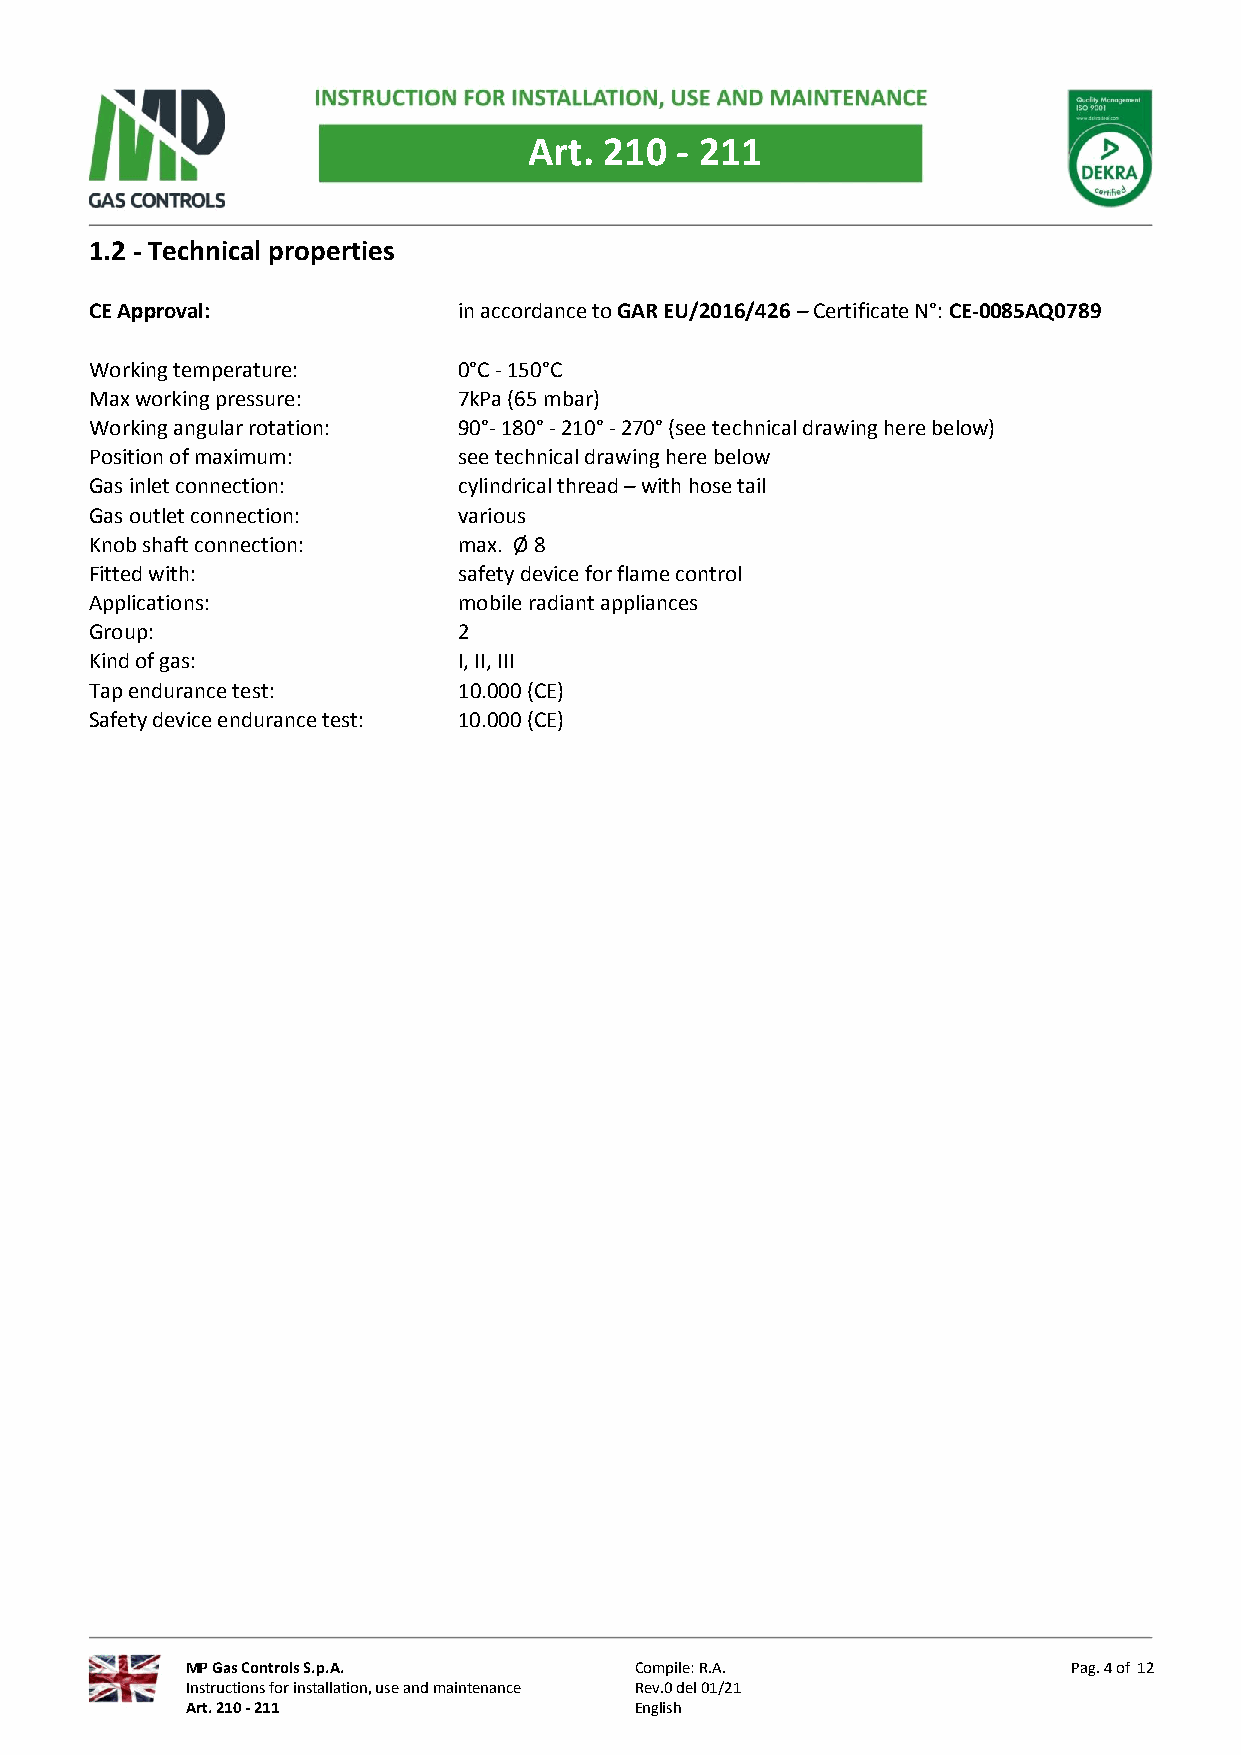
Art. 210  - 211
 1.2 - Technical properties
 CE Approval:            in accordance to GAR EU/2016/426 – Certificate N°: CE-0085AQ0789
 Working temperature:    0°C - 150°C
 Max working pressure:   7kPa (65 mbar)
 Working angular rotation: 90°- 180° - 210° - 270° (see technical drawing here below)
 Position of maximum:    see technical drawing here below
 Gas inlet connection:   cylindrical thread – with hose tail
 Gas outlet connection:  various
 Knob shaft connection:  max. Ø 8
 Fitted with:            safety device for flame control
 Applications:           mobile radiant appliances
 Group:                  2
 Kind of gas:            I, II, III
 Tap endurance test:     10.000 (CE)
 Safety device endurance test: 10.000 (CE)
 MP Gas Controls S.p.A.        Compile: R.A.                Pag. 4 of 12
 Instructions for installation, use and maintenance Rev.0 del 01/21
 Art. 210 - 211                English